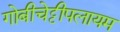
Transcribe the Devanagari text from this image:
गोबीचेट्टीपलायम